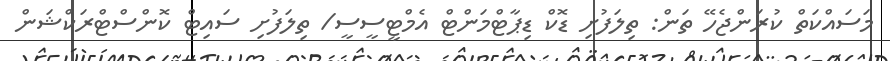
މަސައްކަތް ކުރަންޖެހޭ ތަން: ތިލަފުށި ޑޮކް ޑިޕާޓްމަންޓް އެމްޓީސީސީ/ ތިލަފުށި ސައިޓް ކޮންސްޓްރަކްޝަން